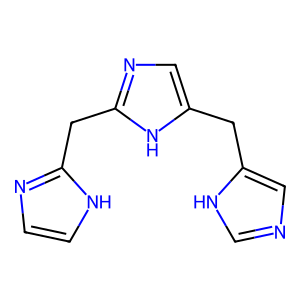
SMILES: c1c[nH]c(Cc2ncc(Cc3cnc[nH]3)[nH]2)n1
Inhibits HIV replication: No